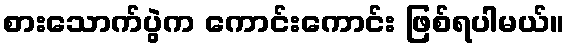
စားသောက်ပွဲက ကောင်းကောင်း ဖြစ်ရပါမယ်။